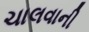
ચાલવાની